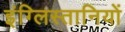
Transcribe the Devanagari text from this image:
इंग्लिस्तानियों